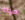
حياة